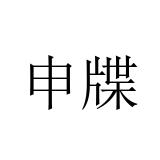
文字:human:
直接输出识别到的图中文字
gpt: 申牒